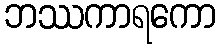
ဘဿကာရကော